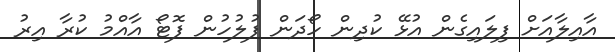
އާއިލާއަށް ފިލައިގެން އުޅޭ ކުދިން ހޯދަން ފުލުހުން ފޮޓޯ އާއްމު ކުރާ އިރު